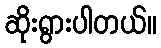
ဆိုးရွားပါတယ်။